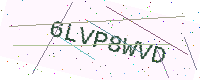
Text: 6LVP8WVD